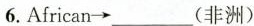
6.African \rightarrow ___(非洲)